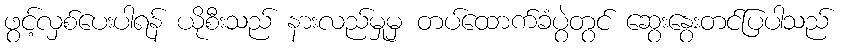
ဖွင့်လှစ်ပေးပါရန် ယိုစီးသည် နားလည်မှုမှ တပ်ထောက်ခံပွဲတွင် ဆွေးနွေးတင်ပြပါသည်